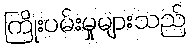
ကြိုးပမ်းမှုများသည်